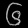
Digit: ၆